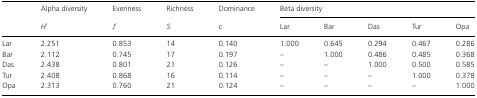
<table><thead><tr><td></td><td><b>Alpha diversity</b></td><td><b>Evenness</b></td><td><b>Richness</b></td><td><b>Dominance</b></td><td colspan="5"><b>Beta diversity</b></td></tr><tr><td></td><td><b><i>H′</i></b></td><td><b><i>J′</i></b></td><td><b><i>S</i></b></td><td><b><i>c</i></b></td><td><b>Lar</b></td><td><b>Bar</b></td><td><b>Das</b></td><td><b>Tur</b></td><td><b>Opa</b></td></tr></thead><tbody><tr><td>Lar</td><td>2.251</td><td>0.853</td><td>14</td><td>0.140</td><td>1.000</td><td>0.645</td><td>0.294</td><td>0.467</td><td>0.286</td></tr><tr><td>Bar</td><td>2.112</td><td>0.745</td><td>17</td><td>0.197</td><td>–</td><td>1.000</td><td>0.486</td><td>0.485</td><td>0.368</td></tr><tr><td>Das</td><td>2.438</td><td>0.801</td><td>21</td><td>0.126</td><td>–</td><td>–</td><td>1.000</td><td>0.500</td><td>0.585</td></tr><tr><td>Tur</td><td>2.408</td><td>0.868</td><td>16</td><td>0.114</td><td>–</td><td>–</td><td>–</td><td>1.000</td><td>0.378</td></tr><tr><td>Opa</td><td>2.313</td><td>0.760</td><td>21</td><td>0.124</td><td>–</td><td>–</td><td>–</td><td>–</td><td>1.000</td></tr></tbody></table>